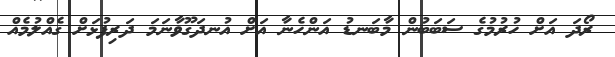
ރޯދަ އަށް ހުރުމުގެ ސަބަބުން މާބަނޑު އަންހެނާ އަށް އުނދަގޫވާނަމަ ދަރިފުޅަށް ގެއްލުމެއް